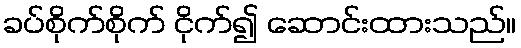
ခပ်စိုက်စိုက် ငိုက်၍ ဆောင်းထားသည်။